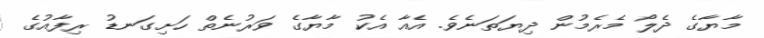
މާޔާގެ ދެލޯ މެރެމުން ދިޔަތަނެވެ. އެއާ އެކު މާޔާގެ ވަރުނެތް ހަށިގަނޑު ރިފާއުގެ